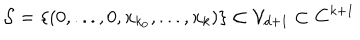
{ \cal S } = \left\{ \left( 0 , . . . , 0 , x _ { k _ { 0 } } , . . . , x _ { k } \right) \right\} \subset { \cal V } _ { d + 1 } \subset { \bf C } ^ { k + 1 }